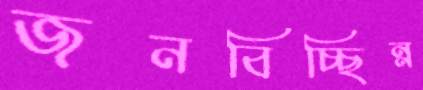
জনবিচ্ছিন্ন